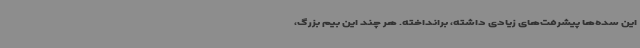
این سده‌ها پیشرفت‌های زیادی داشته، برانداخته. هر چند این بیم بزرگ،